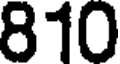
810